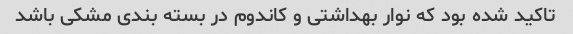
تاکید شده بود که نوار بهداشتی و کاندوم در بسته بندی مشکی باشد